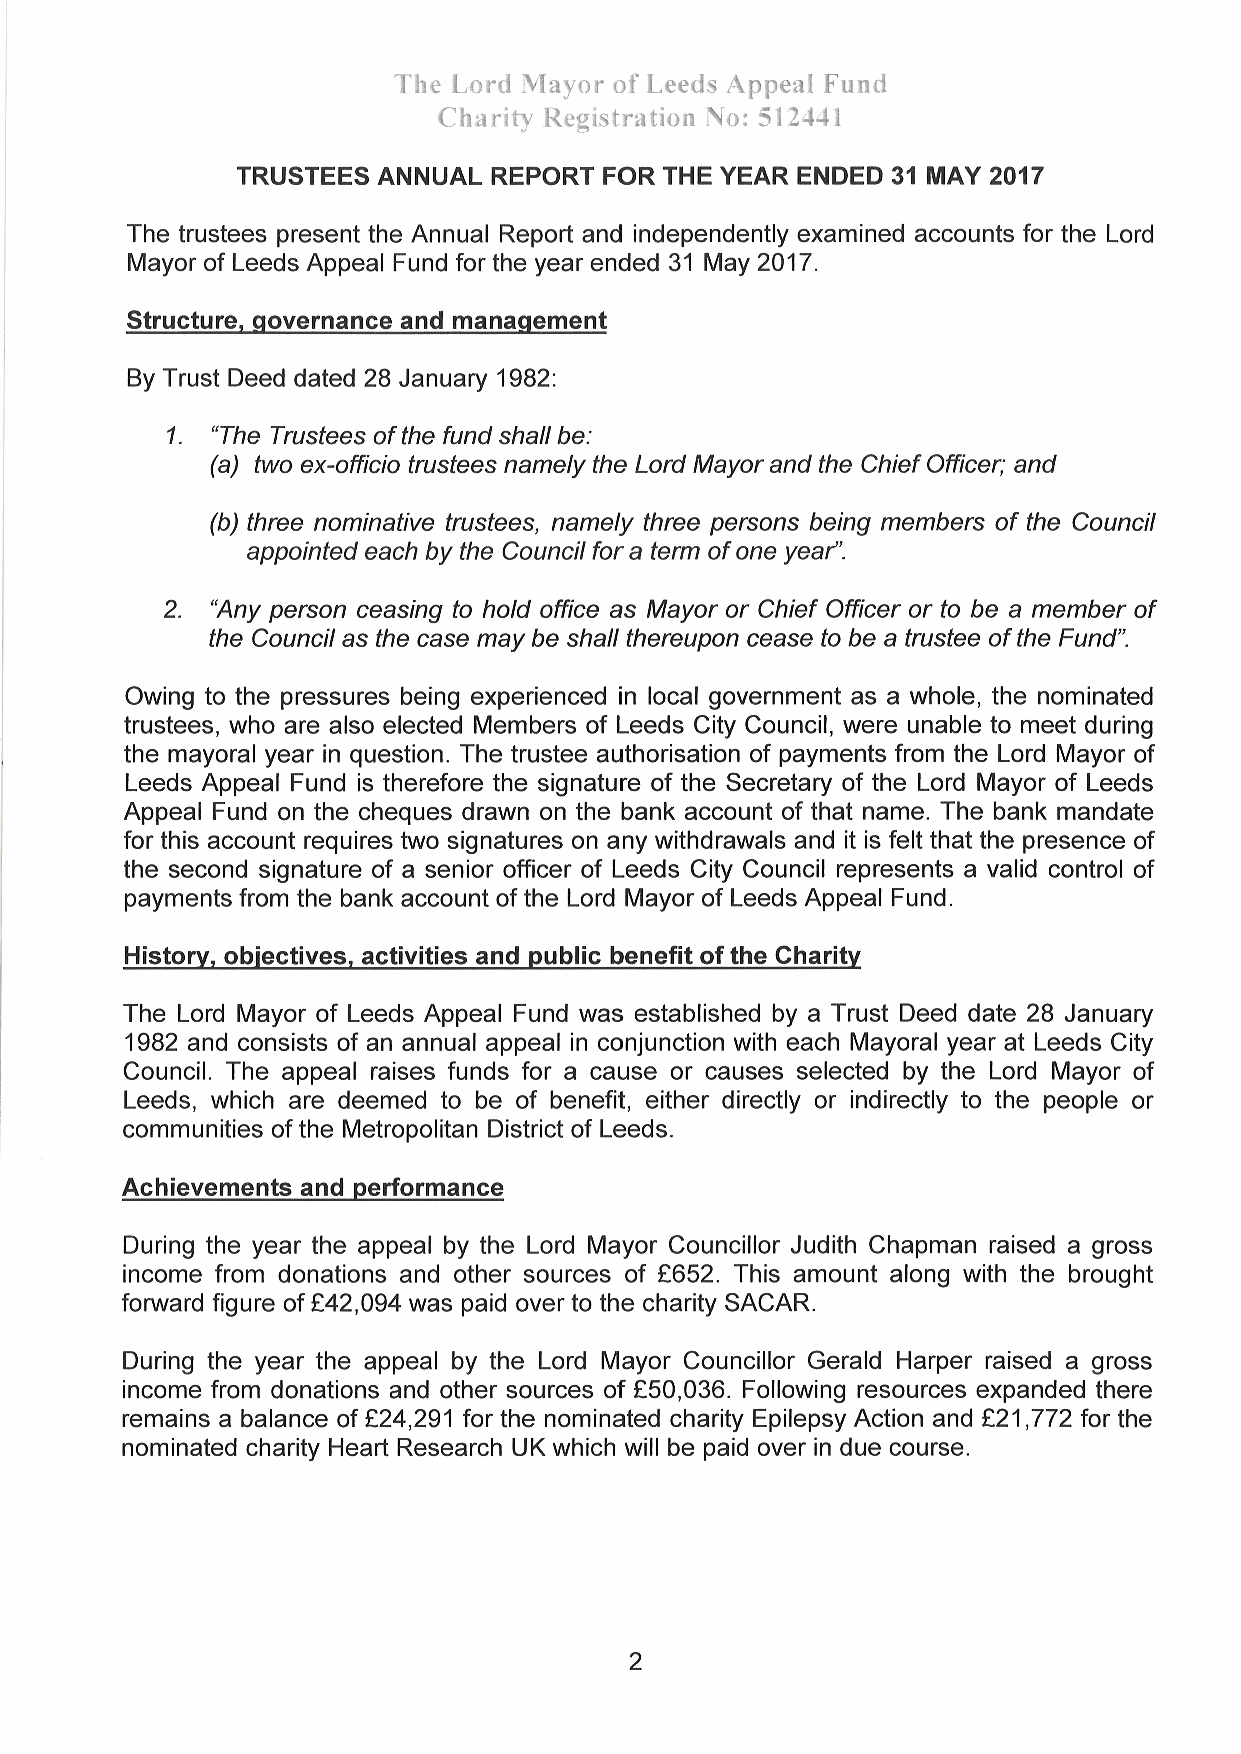
The l,ord ùlayor of L.eeds Appeal Funcl
 Ch¿rifl Registratit¡n No: 5 I Z-14 I
 TRUSTEES ANNUAL  REPORT FOR THE YEAR ENDED 31 MAY 2017
 The trustees present the Annual Report and independently examined accounts for the Lord
 Mayor of Leeds Appeal Fund for the year ended 31 May 2017.
 Structure, governance and management
 By Trust Deed dated 28 January 1982
 1.
 "The Trustees of the fund shall be:
 (a) two ex-officio frusfees namely the Lord Mayor and the Chief Officer; and
 (b) three nominative trustees, namely three persons being members of the Council
 appoínted each by the Councilfor a term of one yeaf'.
 2.
 "Any person ceasing to hold office as Mayor or Chief Officer or to be a member of
 the Council as the case may be shall thereupon cease to be a trustee of the Fund".
 Owing to the pressures being experienced in local government as a whole, the nominated
 trustees, who are also elected Members of Leeds City Council, were unable to meet during
 the mayoral year in question. The trustee authorisation of payments from the Lord Mayor of
 Leeds Appeal Fund is therefore the signature of the Secretary of the Lord Mayor of Leeds
 Appeal Fund on the cheques drawn on the bank account of that name. The bank mandate
 for this account requires two signatures on any withdrawals and it is felt that the presence of
 the second signature of a senior officer of Leeds City Council represents a valid control of
 payments from the bank account of the Lord Mayor of Leeds Appeal Fund.
 Historv. obiectives. activities and public benefit of the Charitv
 The Lord Mayor of Leeds Appeal Fund was established by a Trust Deed date 28 January
 1982 and consists of an annual appeal in conjunction with each Mayoral yearat Leeds City
 Council. The appeal raises funds for a cause or causes selected by the Lord Mayor of
 Leeds, which are deemed to be of benefit, either directly or indirectly to the people or
 communities of the Metropolitan District of Leeds.
 Achievements and performance
 During the year the appeal by the Lord Mayor Councillor Judith Chapman raised a gross
 income from donations and other sources of Ê652. This amount along with the brought
 fonruard figure of 842,094 was paid over to the charity SACAR.
 During the year the appeal by the Lord Mayor Councillor Gerald Harper raised a gross
 income from donations and other sources of Ê50,036. Following resources expanded there
 remains a balance of 824,291 for the nominated charity Epilepsy Action and î21,772 for the
 nominated charity Heart Research UK which will be paid over in due course.
 2